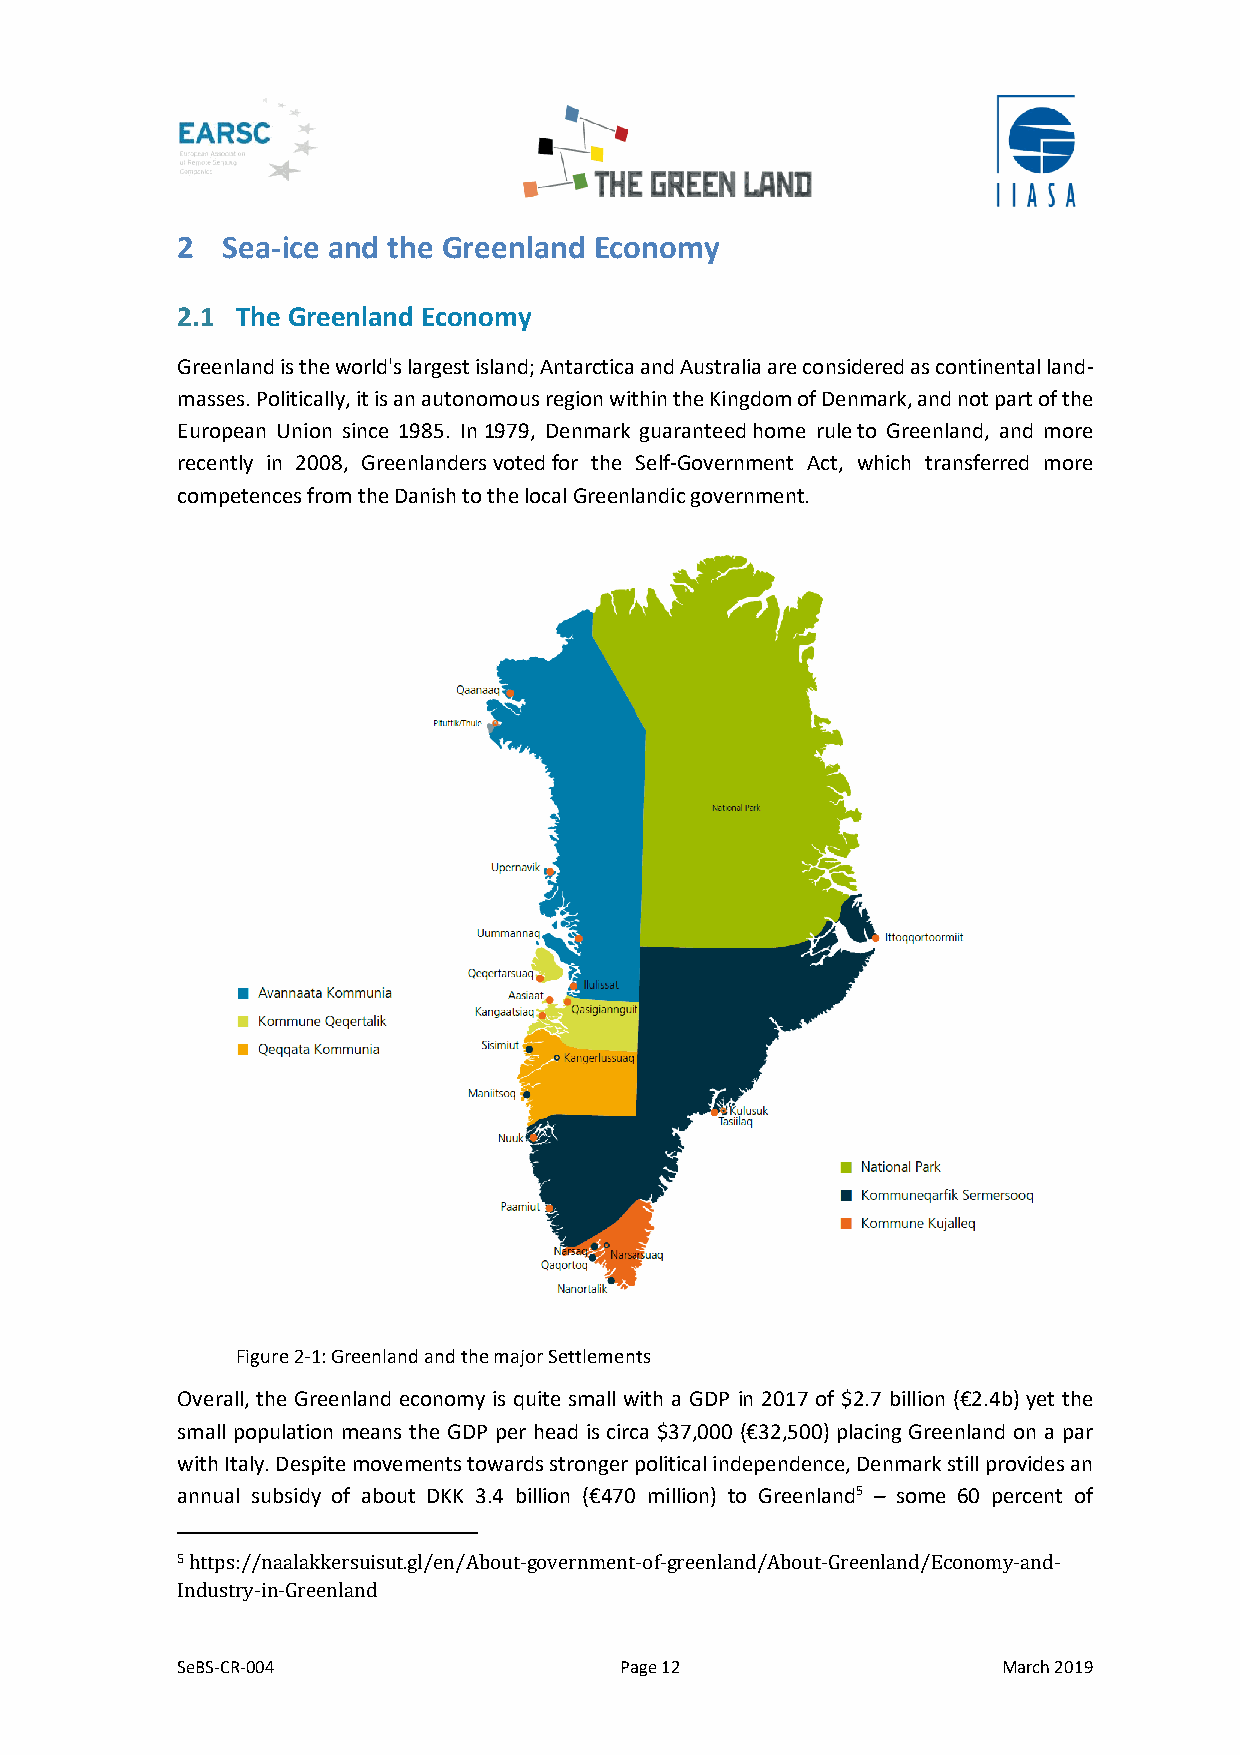
2  Sea-ice and the Greenland Economy
 2.1 The Greenland Economy
 Greenland is the world's largest island; Antarctica and Australia are considered as continental land-
 masses. Politically, it is an autonomous region within the Kingdom of Denmark, and not part of the
 European Union since 1985. In 1979, Denmark guaranteed home rule to Greenland, and more
 recently in 2008, Greenlanders voted for the Self-Government Act, which transferred more
 competences from the Danish to the local Greenlandic government.
 Figure 2-1: Greenland and the major Settlements
 Overall, the Greenland economy is quite small with a GDP in 2017 of $2.7 billion (€2.4b) yet the
 small population means the GDP per head is circa $37,000 (€32,500) placing Greenland on a par
 with Italy. Despite movements towards stronger political independence, Denmark still provides an
 annual subsidy of about DKK 3.4 billion (€470 million) to Greenland5 – some 60 percent of
 5 https://naalakkersuisut.gl/en/About-government-of-greenland/About-Greenland/Economy-and-
 Industry-in-Greenland
 SeBS-CR-004                  Page 12                  March 2019